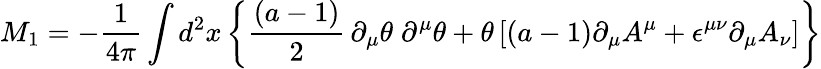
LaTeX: M_{1}=-{\frac{1}{4\pi}}\int d^{2}x\left\lbrace{\frac{(a-1)}{2}}\, \partial_{\mu}\theta\; \partial^{\mu}\theta+\theta\left\lbrack(a-1)\partial_{\mu}A^{\mu}+\epsilon^{\mu\nu}\partial_{\mu}A_{\nu}\right\rbrack\right\rbrace